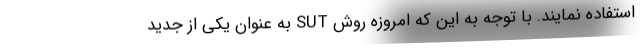
استفاده نمایند. با توجه به این که امروزه روش SUT به عنوان یکی از جدید